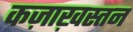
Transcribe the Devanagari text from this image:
कज़ाख़स्तन